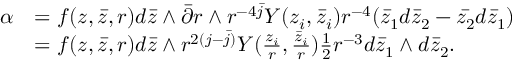
\begin{array} { r l } { \alpha } & { = f ( z , \bar { z } , r ) d \bar { z } \wedge \bar { \partial } r \wedge r ^ { - 4 \bar { j } } Y ( z _ { i } , \bar { z } _ { i } ) r ^ { - 4 } ( \bar { z } _ { 1 } d \bar { z } _ { 2 } - \bar { z _ { 2 } } d \bar { z } _ { 1 } ) } \\ & { = f ( z , \bar { z } , r ) d \bar { z } \wedge r ^ { 2 ( j - \bar { j } ) } Y ( \frac { z _ { i } } { r } , \frac { \bar { z } _ { i } } { r } ) \frac { 1 } { 2 } r ^ { - 3 } d \bar { z } _ { 1 } \wedge d \bar { z } _ { 2 } . } \end{array}